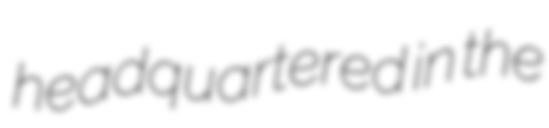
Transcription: headquartered in the